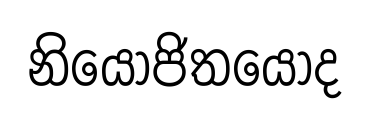
නියෝජිතයෝද